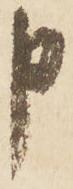
申